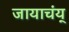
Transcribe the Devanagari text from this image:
जायाचंय्‌